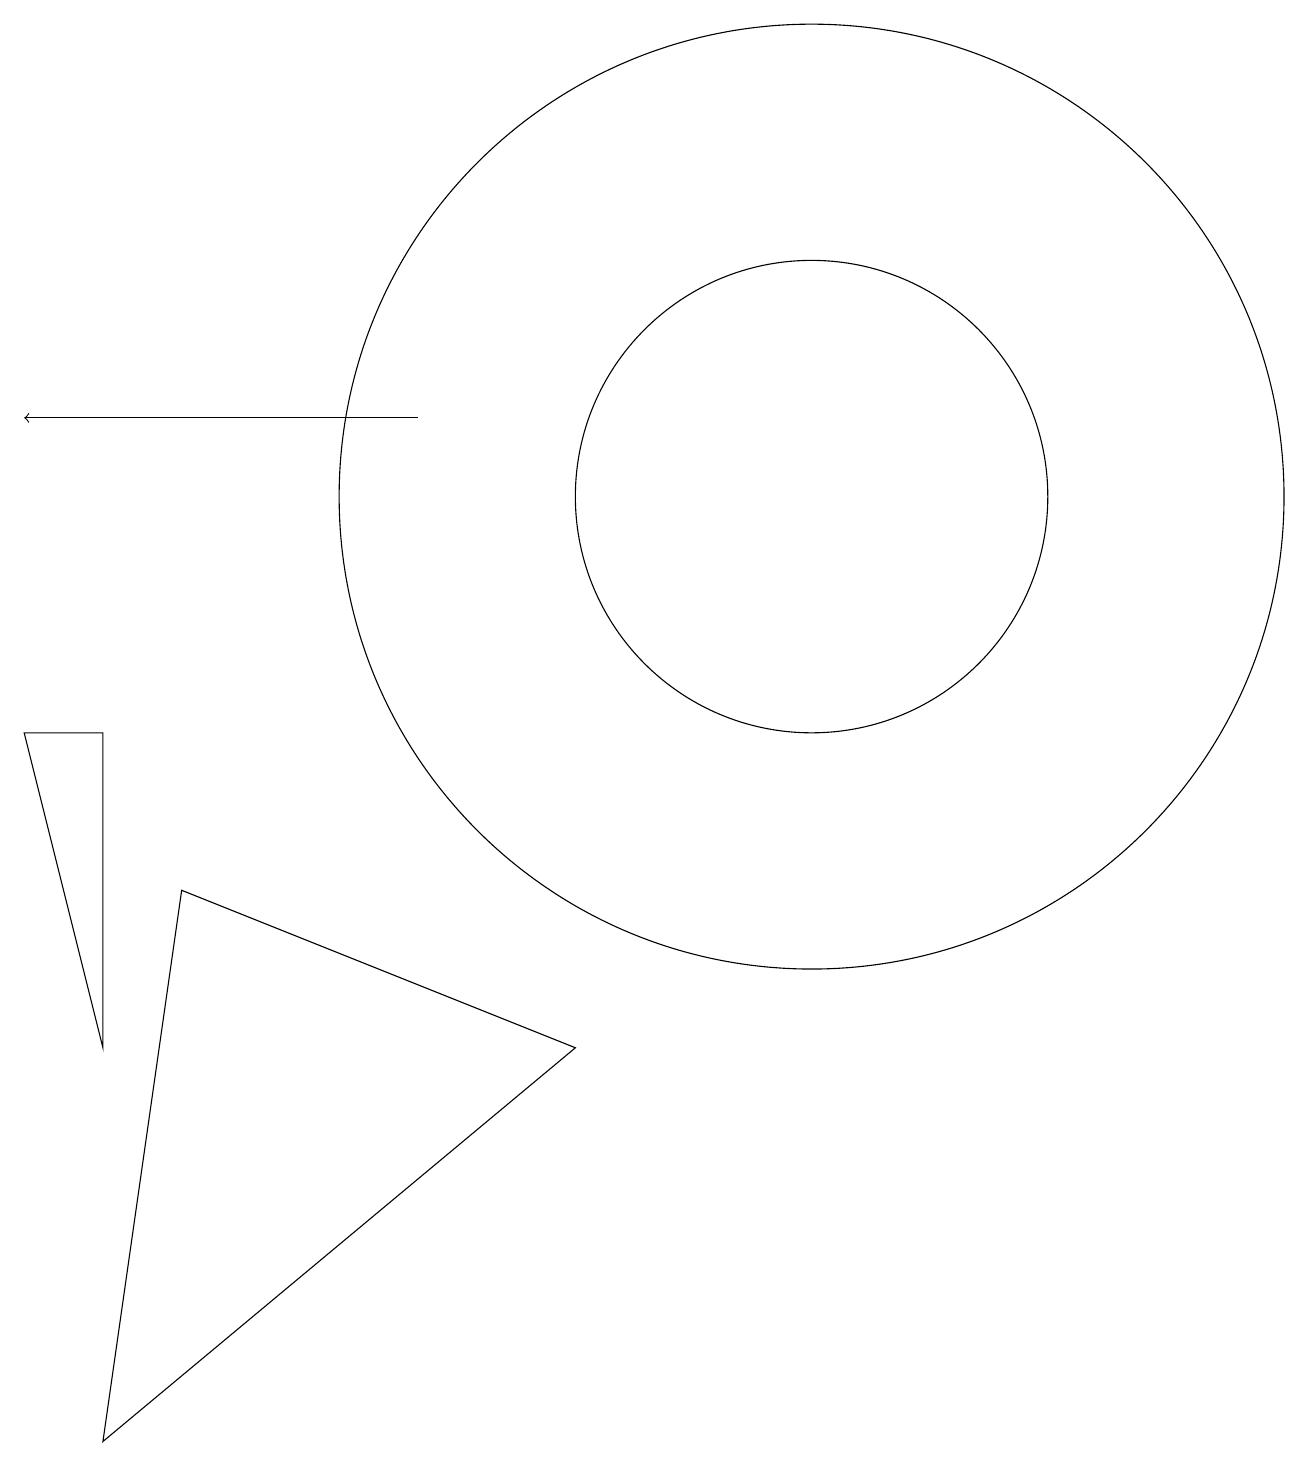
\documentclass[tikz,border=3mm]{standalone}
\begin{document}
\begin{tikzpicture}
\draw (11,12) circle (3);
\draw[->] (6,13) -- (1,13);
\draw (11,12) circle (6);
\draw (8,5) -- (2,0) -- (3,7) -- cycle;
\draw (2,9) -- (2,5) -- (1,9) -- cycle;
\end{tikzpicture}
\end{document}